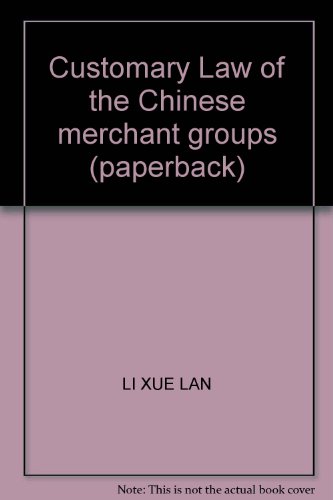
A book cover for Customary Law of the Chinese merchant groups (paperback); LI XUE LAN; Law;